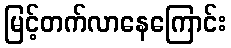
မြင့်တက်လာနေကြောင်း